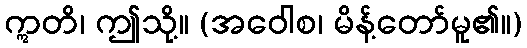
ဣတိ၊ ဤသို့။ (အဝေါစ၊ မိန့်တော်မူ၏။)